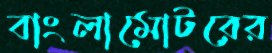
বাংলামোটরের